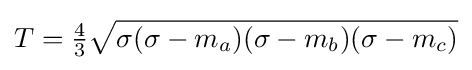
T={\tfrac {4}{3}}{\sqrt {\sigma (\sigma -m_{a})(\sigma -m_{b})(\sigma -m_{c})}}